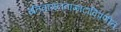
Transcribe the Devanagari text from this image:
इतिवामनवाग्भटादिप्रणीत